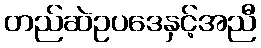
တည်ဆဲဥပဒေနှင့်အညီ